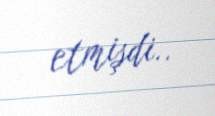
etmişdi..